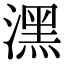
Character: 潶